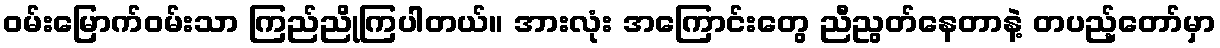
ဝမ်းမြောက်ဝမ်းသာ ကြည်ညိုကြပါတယ်။ အားလုံး အကြောင်းတွေ ညီညွတ်နေတာနဲ့ တပည့်တော်မှာ